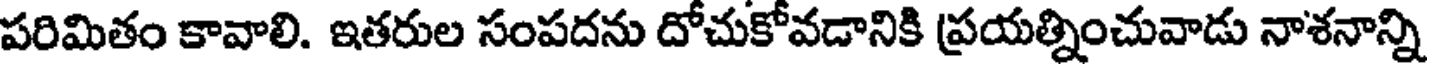
పరిమితం కావాలి. ఇతరుల సంపదను దోచుకోవడానికి ప్రయత్నించువాడు నాశనాన్ని